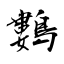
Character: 鷜